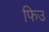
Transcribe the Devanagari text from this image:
फिउ